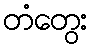
တံတွေး